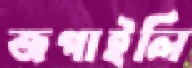
জপাইলি